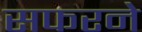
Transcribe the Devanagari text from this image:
सफरने